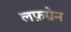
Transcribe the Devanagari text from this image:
लफ़ग्रेन